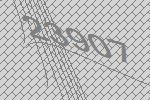
23907